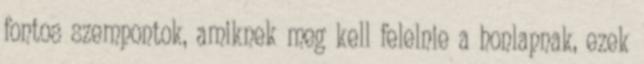
fontos szempontok, amiknek meg kell felelnie a honlapnak, ezek